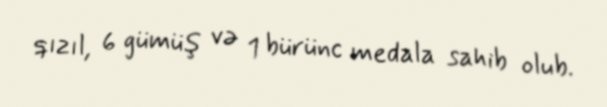
qızıl, 6 gümüş və 1 bürünc medala sahib olub.